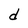
Character: d